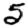
Digit: 5